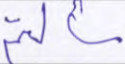
سألتم